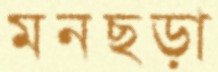
মনছড়া